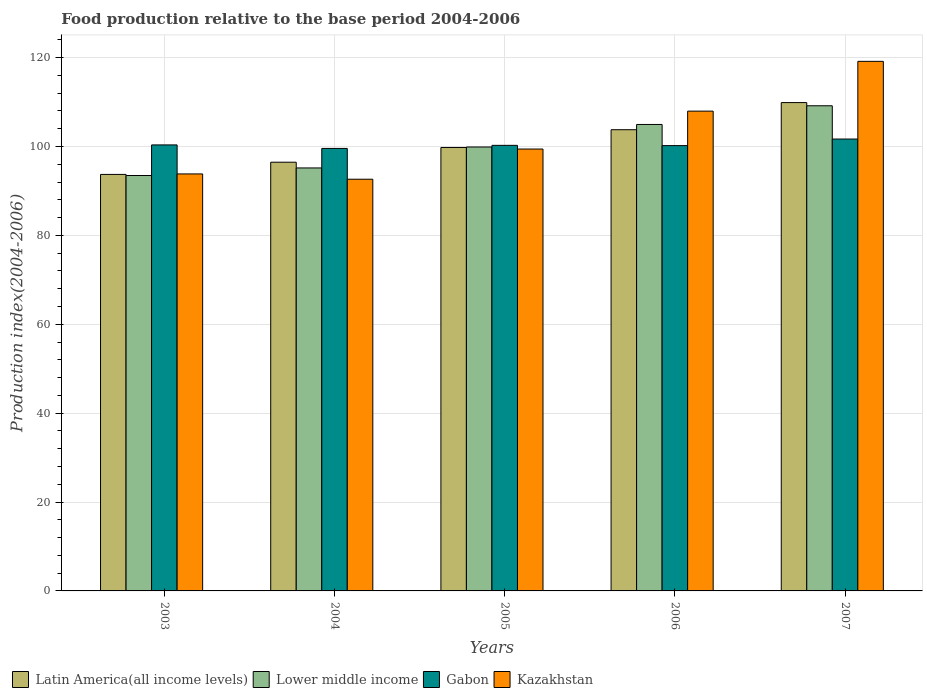
| Years | Latin America(all income levels) | Lower middle income | Gabon | Kazakhstan |
 | --- | --- | --- | --- | --- |
 | 2003 | 93.7 | 93.5 | 100 | 93.8 |
 | 2004 | 96.5 | 95.2 | 99.6 | 92.6 |
 | 2005 | 99.8 | 99.9 | 100 | 99.4 |
 | 2006 | 104 | 105 | 100 | 108 |
 | 2007 | 110 | 109 | 102 | 119 |